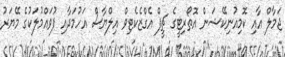
ޖަމާލް އާއި ކޮމިއުނިކޭޝަން އޮތޯރިޓީގެ ޗީފް އެގްޒެކެޓިވް އިލްޔާސް އަހުމަދާއި ފުވައްމުލަކުގެ މޭޔަރު